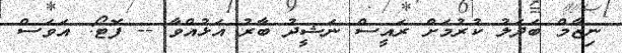
ނިޒާމް ބަދަލު ކުރުމަށް ރައީސް ނަޝީދު ބާރު އަޅުއްވާ -- ފޮޓޯ: އަވަސް